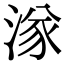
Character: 㴚